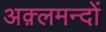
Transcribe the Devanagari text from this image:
अक़्लमन्दों